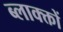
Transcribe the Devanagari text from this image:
ब्लाक्क्तों